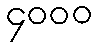
၄၀၀၀